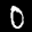
Label: 0